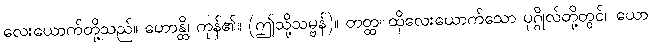
လေးယောက်တို့သည်။ ဟောန္တိ၊ ကုန်၏။ (ဤသို့သမ္ဗန်)။ တတ္ထ၊ ထိုလေးယောက်သော ပုဂ္ဂိုလ်တို့တွင်။ ယော